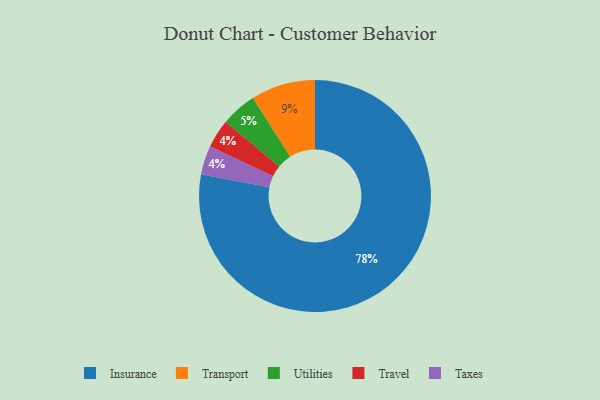
{"axis": {"x": "Category", "y": "Percentage"}, "legend": ["Insurance", "Taxes", "Transport", "Travel", "Utilities"], "data": [{"x": "Utilities", "y": 5, "type": "Utilities"}, {"x": "Travel", "y": 4, "type": "Travel"}, {"x": "Transport", "y": 9, "type": "Transport"}, {"x": "Insurance", "y": 78, "type": "Insurance"}, {"x": "Taxes", "y": 4, "type": "Taxes"}]}